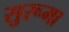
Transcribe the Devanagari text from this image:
सुरूमा